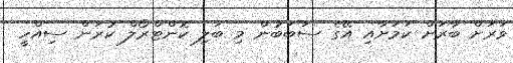
ވަރަށް ބާރަށް ކަމަށާއި އޭގެ ސަބަބުން މި ބަލި ކޮންޓްރޯލް ކުރަން ސިއްހީ